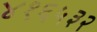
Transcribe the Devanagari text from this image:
४१६५३२